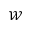
\mathcal { W }